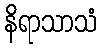
နိရာသာသံ